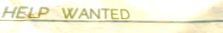
HELP WANTED